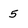
Character: 5